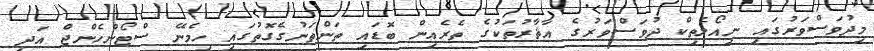
މިދުވަސްވަރުގައި ނިއޯލެތިކް ދުވަސްވަރުގެ އާޘާރުތަކުގެ ތެރެއިން ބޮޑައި ތަންތަނުގެގޮތުގައި ހިމެނޭ ސްޓޯންހެންޖް އަދި